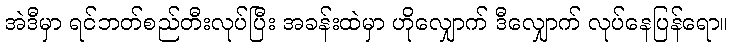
အဲဒီမှာ ရင်ဘတ်စည်တီးလုပ်ပြီး အခန်းထဲမှာ ဟိုလျှောက် ဒီလျှောက် လုပ်နေပြန်ရော။